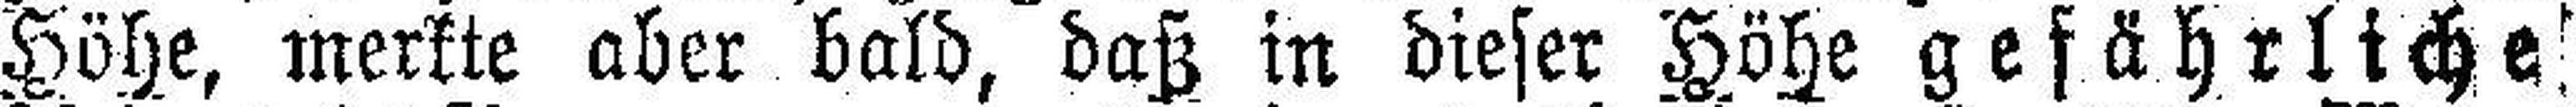
Höhe, merkte aber bald, daß in dieser Höhe gefährliche